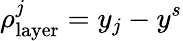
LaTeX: \rho_{\mathrm{layer}}^{j}=y_{j}-y^{s}